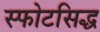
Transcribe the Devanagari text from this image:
स्फोटसिद्ध